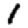
Digit: 1